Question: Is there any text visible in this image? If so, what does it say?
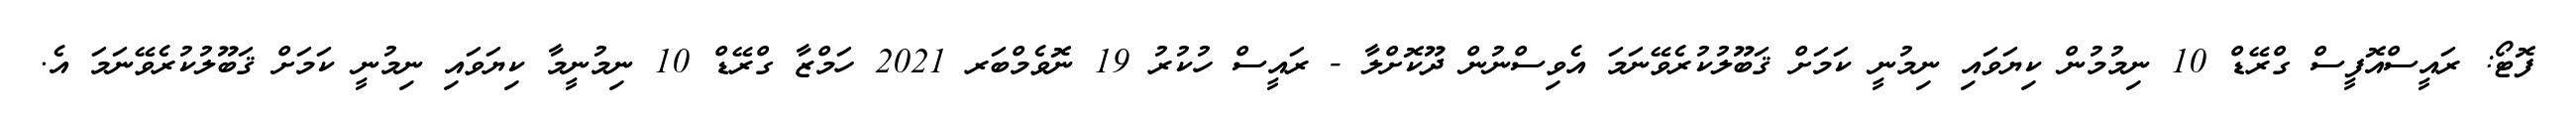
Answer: ފޮޓޯ: ރައީސްއޮފީސް ގްރޭޑް 10 ނިމުމުން ކިޔަވައި ނިމުނީ ކަމަށް ޤަބޫލުކުރެވޭނަމަ އެވިސްނުން ދޫކޮށްލާ - ރައީސް ހުކުރު 19 ނޮވެމްބަރ 2021 ހަމްޒާ ގްރޭޑް 10 ނިމުނީމާ ކިޔަވައި ނިމުނީ ކަމަށް ޤަބޫލުކުރެވޭނަމަ އެ.